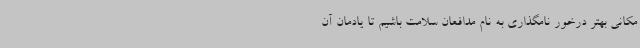
مکانی بهتر درخور نامگذاری به نام مدافعان سلامت باشیم تا یادمان آن